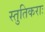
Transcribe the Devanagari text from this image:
स्तुतिकराः